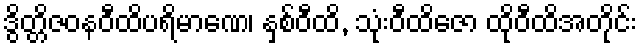
ဒွိတ္တိဇဝနဝီထိပရိမာဏေ၊ နှစ်ဝီထိ, သုံးဝီထိဇော ထိုဝီထိအတိုင်း